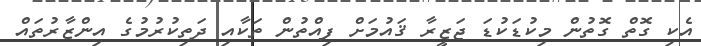
އެކި ގޮތް ގޮތުން މިކުޑަކުޑަ ޖަޒީރާ ޤައުމަށް ފިއްތުން ތަކާއި ދަތިކުރުމުގެ އިންޒާރުތައް